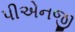
પીએનજી